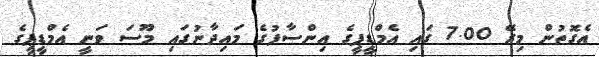
އެގޮތުން މިރޭ 7.00 ގައި އެމްޑީޕީގެ އިންސާފުގެ މައިދާނުގައި މޫސަ ވަނީ އެމްޑީޕީގެ